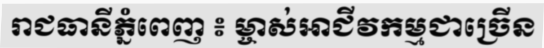
រាជធានីភ្នំពេញ ៖ ម្ចាស់អាជីវកម្មជាច្រើន